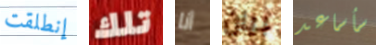
إنطلقت تلك أنا بيان سأساعد